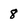
Character: 8